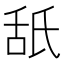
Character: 舐